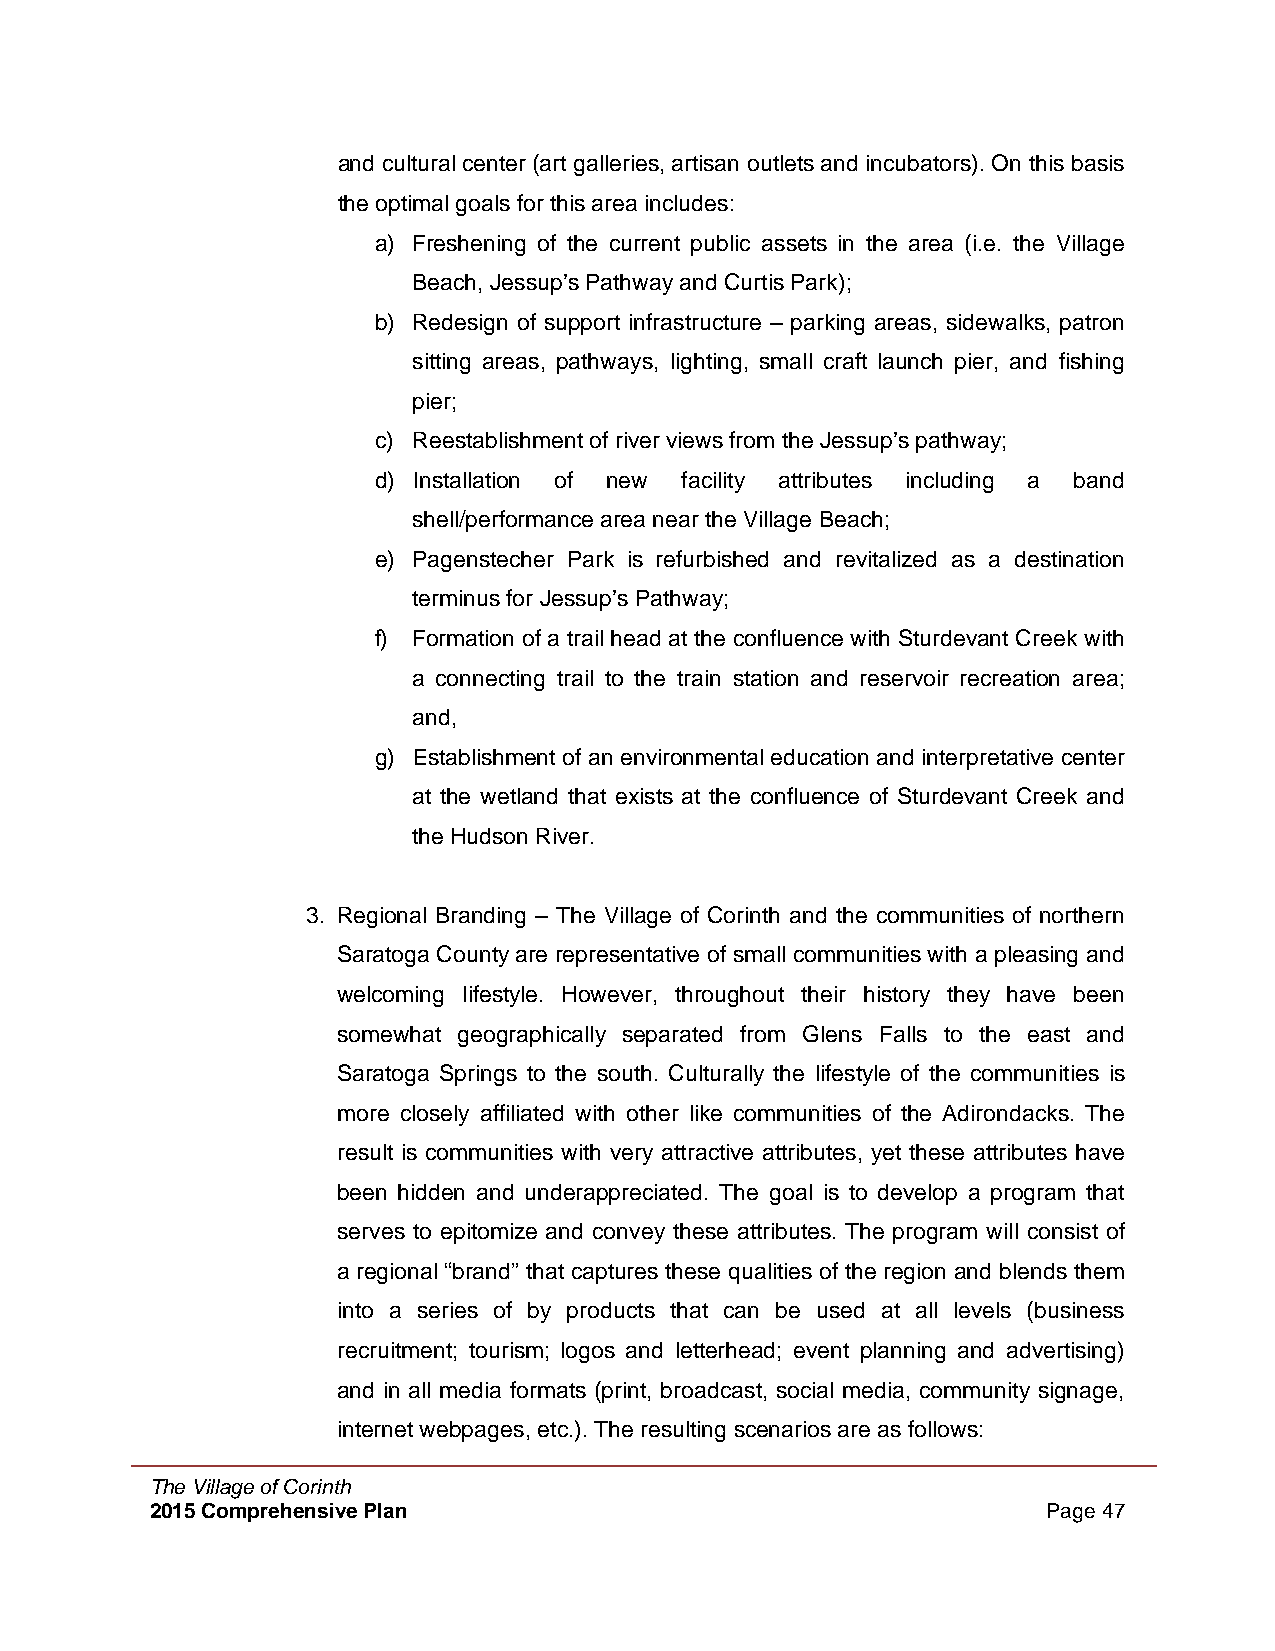
and cultural center (art galleries, artisan outlets and incubators). On this basis
 the optimal goals for this area includes:
 a) Freshening of the current public assets in the area (i.e. the Village
 Beach, Jessup’s Pathway and Curtis Park);
 b) Redesign of support infrastructure – parking areas, sidewalks, patron
 sitting areas, pathways, lighting, small craft launch pier, and fishing
 pier;
 c) Reestablishment of river views from the Jessup’s pathway;
 d) Installation of new facility attributes including a band
 shell/performance area near the Village Beach;
 e) Pagenstecher Park is refurbished and revitalized as a destination
 terminus for Jessup’s Pathway;
 f) Formation of a trail head at the confluence with Sturdevant Creek with
 a connecting trail to the train station and reservoir recreation area;
 and,
 g) Establishment of an environmental education and interpretative center
 at the wetland that exists at the confluence of Sturdevant Creek and
 the Hudson River.
 3. Regional Branding – The Village of Corinth and the communities of northern
 Saratoga County are representative of small communities with a pleasing and
 welcoming lifestyle. However, throughout their history they have been
 somewhat geographically separated from Glens Falls to the east and
 Saratoga Springs to the south. Culturally the lifestyle of the communities is
 more closely affiliated with other like communities of the Adirondacks. The
 result is communities with very attractive attributes, yet these attributes have
 been hidden and underappreciated. The goal is to develop a program that
 serves to epitomize and convey these attributes. The program will consist of
 a regional “brand” that captures these qualities of the region and blends them
 into a series of by products that can be used at all levels (business
 recruitment; tourism; logos and letterhead; event planning and advertising)
 and in all media formats (print, broadcast, social media, community signage,
 internet webpages, etc.). The resulting scenarios are as follows:
 The Village of Corinth
 2015 Comprehensive Plan                                    Page 47